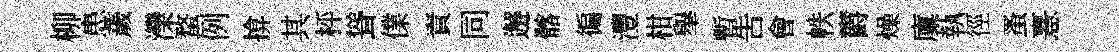
柳患薉灤蝥例揜其枰聳㒒責同邂髂徧灃柑𦦙暫告會帙欝燥廩執徑蚤憙